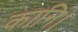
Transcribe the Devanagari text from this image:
कानि।